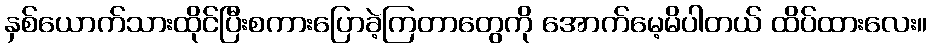
နှစ်ယောက်သားထိုင်ပြီးစကားပြောခဲ့ကြတာတွေကို အောက်မေ့မိပါတယ် ထိပ်ထားလေး။